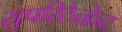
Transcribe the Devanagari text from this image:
सुपरिटेन्डेन्ट